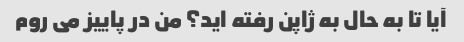
آیا تا به حال به ژاپن رفته اید؟ من در پاییز می روم